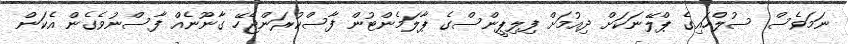
ނަމަވެސް ސުލްހައިގެ ޕްލޭނަކަށް ދިއުމަށް ފިލިޕީންސްގެ ޕާލަމެންޓުން ފާސްކުރަންޖެހޭ ގާނޫނެއް ފާސްނުވެގެން އެކަން